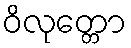
ဝိလုတ္တော